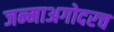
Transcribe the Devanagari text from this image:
जन्माअगोदरच